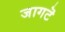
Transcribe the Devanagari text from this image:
जागटॆ